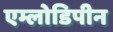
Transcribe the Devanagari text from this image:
एम्लोडिपीन